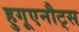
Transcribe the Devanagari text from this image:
हुगूएनौट्स